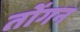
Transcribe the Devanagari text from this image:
तोंगन